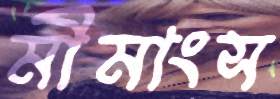
মীমাংস